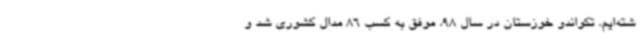
شته‌ایم. تکواندو خوزستان در سال 98، موفق به کسب 86 مدال کشوری شد و